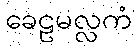
ခေဠမလ္လကံ